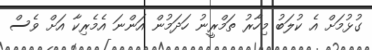
ގުޅުމަށް އެ ކުލަބު މިހާރު ތަމްރީނު ހަދަމުން އަންނަ އެމެރިކާ އަށް ވެސް